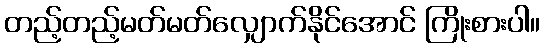
တည့်တည့်မတ်မတ်လျှောက်နိုင်အောင် ကြိုးစားပါ။